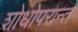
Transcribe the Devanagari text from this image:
शोधोपरान्त